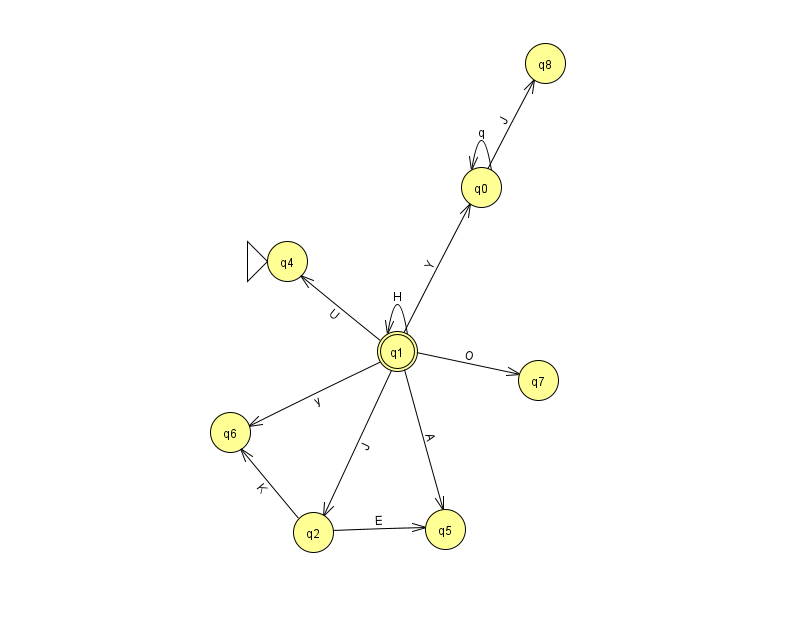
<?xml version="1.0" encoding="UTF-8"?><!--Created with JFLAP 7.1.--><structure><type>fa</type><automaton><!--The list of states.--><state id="0" name="q0"><x>481.0</x><y>174.0</y></state><state id="1" name="q1"><x>397.0</x><y>338.0</y><final/></state><state id="2" name="q2"><x>313.0</x><y>519.0</y></state><state id="4" name="q4"><x>287.0</x><y>248.0</y><initial/></state><state id="5" name="q5"><x>445.0</x><y>516.0</y></state><state id="6" name="q6"><x>230.0</x><y>419.0</y></state><state id="7" name="q7"><x>538.0</x><y>367.0</y></state><state id="8" name="q8"><x>545.0</x><y>50.0</y></state><!--The list of transitions.--><transition><from>0</from><to>8</to><read>J</read></transition><transition><from>1</from><to>6</to><read>y</read></transition><transition><from>0</from><to>0</to><read>q</read></transition><transition><from>2</from><to>6</to><read>K</read></transition><transition><from>1</from><to>0</to><read>Y</read></transition><transition><from>1</from><to>4</to><read>U</read></transition><transition><from>1</from><to>7</to><read>O</read></transition><transition><from>1</from><to>1</to><read>H</read></transition><transition><from>1</from><to>2</to><read>J</read></transition><transition><from>2</from><to>5</to><read>E</read></transition><transition><from>1</from><to>5</to><read>A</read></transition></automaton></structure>